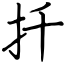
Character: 扦